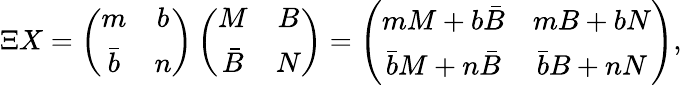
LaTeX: \Xi X=\left(\begin{array}{cc}{{m}}&{{b}}\\ {{\bar{b}}}&{{n}}\end{array}\right)\left(\begin{array}{cc}{{M}}&{{B}}\\ {{\bar{B}}}&{{N}}\end{array}\right)=\left(\begin{array}{cc}{{mM+b\bar{B}}}&{{mB+bN}}\\ {{\bar{b}M+n\bar{B}}}&{{\bar{b}B+nN}}\end{array}\right),